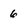
Character: 6